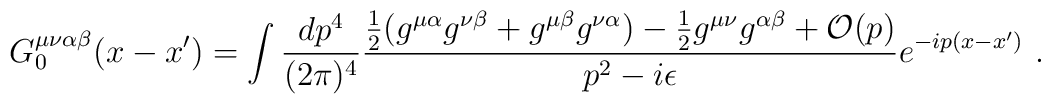
G_0^{\mu\nu\alpha\beta}(x - x') = \int {dp^4\over (2\pi)^4} {{1\over2}(g^{\mu\alpha}g^{\nu\beta} + g^{\mu\beta}g^{\nu\alpha}) - {1\over2}g^{\mu\nu}g^{\alpha\beta}+{\cal O}(p)  \over p^2 - i\epsilon} e^{-ip(x - x')}~.